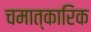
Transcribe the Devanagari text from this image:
चमात्कारिक